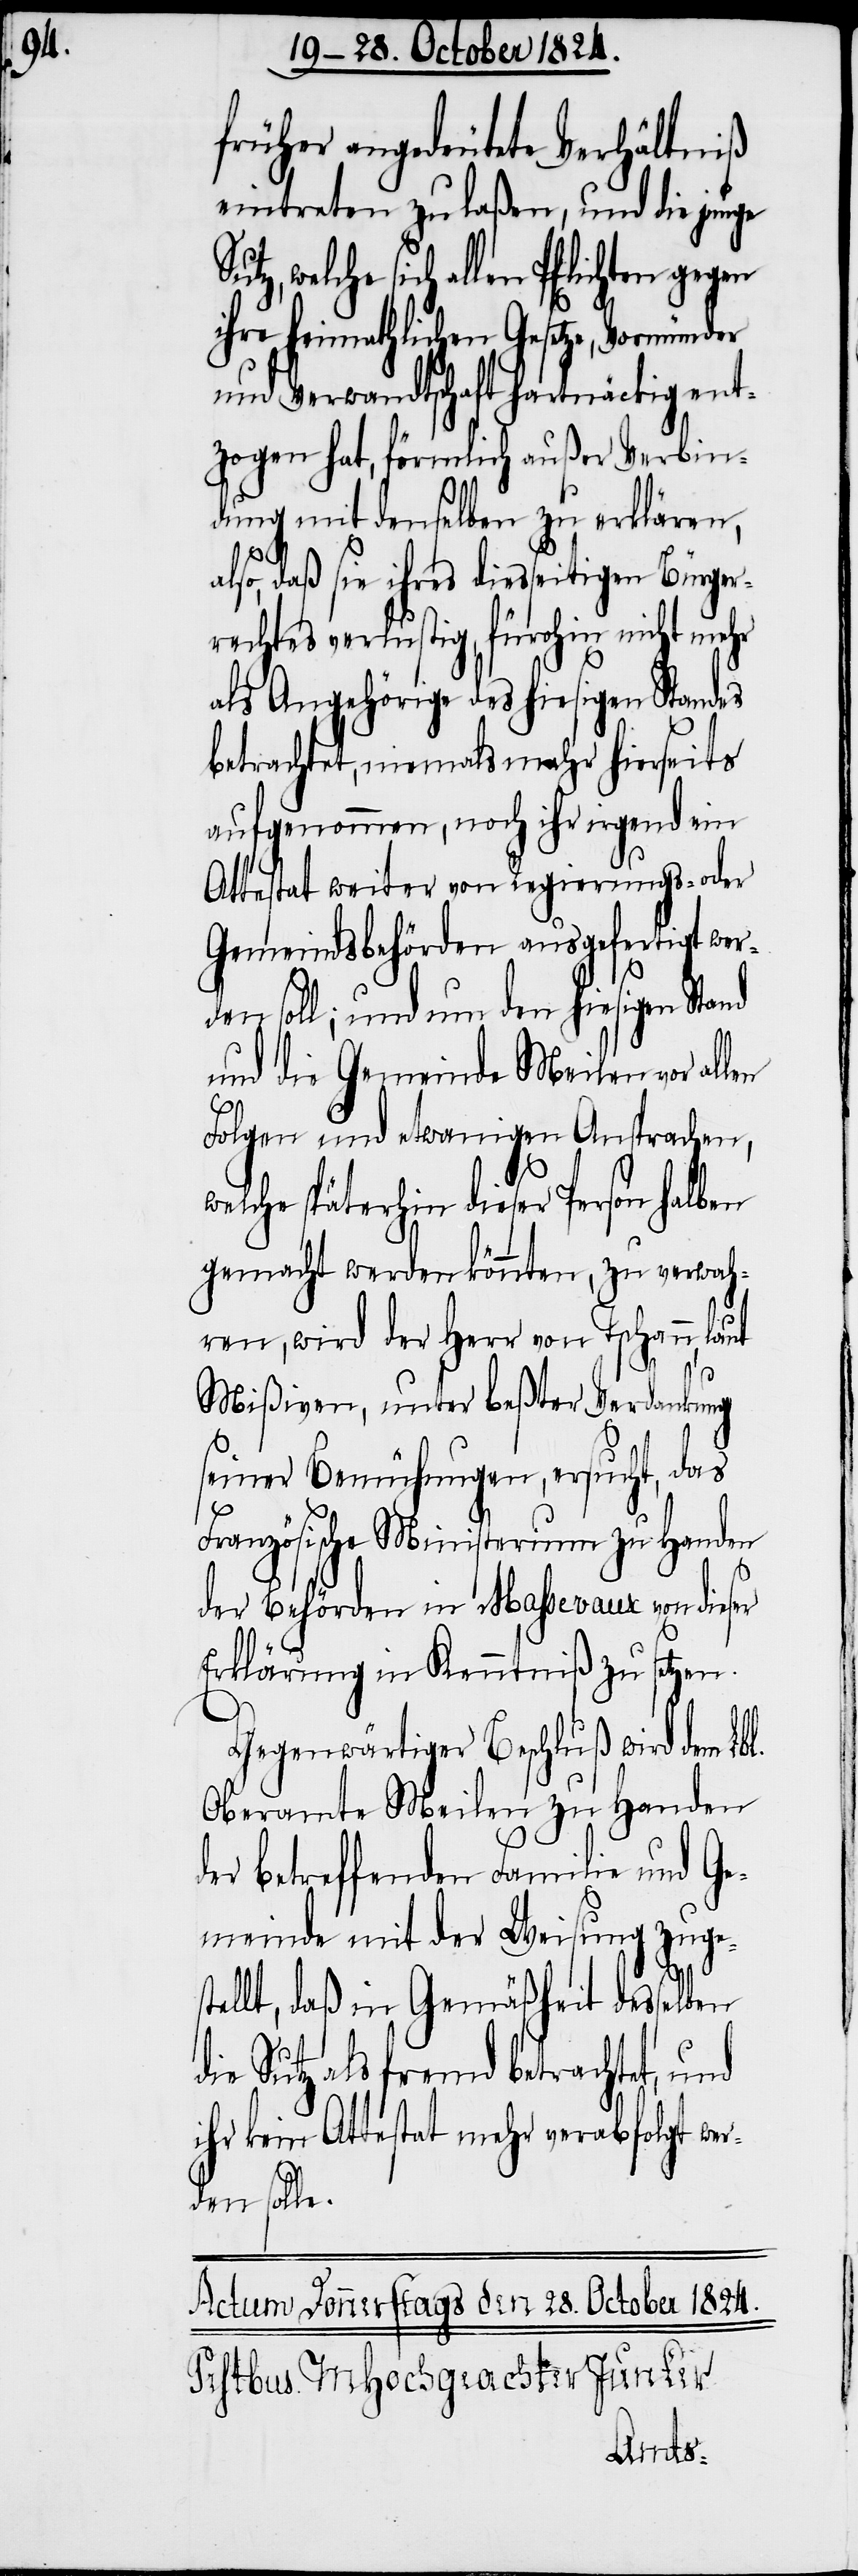
wel¬

früher angedeutete Verhältniß
eintreten zu laßen, und die junge
che sich allen Pflichten gegen
ihre heimathlichen Gesetze, Vormünder
und Verwandtschaft hartnäckig ent¬
zogen hat, förmlich außer Verbin¬
dung mit denselben zu erklären,
d¬
also, daß sie ihres diesseitigen Bürger¬
rechtes verlustig, fürohin nicht mehr
als Angehörige des hiesigen Standes
betrachtet, niemals mehr hierseits
aufgenommen, noch ihr irgend ein
Attestat weiter von Regierungs- oder
Gemeindsbehörden ausgefertigt wer¬
den soll; und um den hiesigen Stand
und die Gemeinde Meilen vor all¬
en
Folgen und etwanigen Ansprachen,
welche späterhin dieser Person halben
gemacht werden könnten, zu verwah¬
ren, wird der Herr von Tschann, laut
Mißiven, unter beßter Verdankung
seiner Bemühungen, ersucht, das
Französische Ministerium zu Handen
der Behörden von Massevaux von dieser
Erklärung in Kenntniß zu setzen.
Gegenwärtiger Beschluß wird dem Lbl.
Oberamte Meilen zu Handen
er betreffenden Familie und Ge¬
meinde mit der Weisung zuge¬
tellt, daß in Gemäßheit desselben
ie Sutz als fremd betrachtet, und
ihr kein Attestat mehr verabfolgt we¬
rden solle.